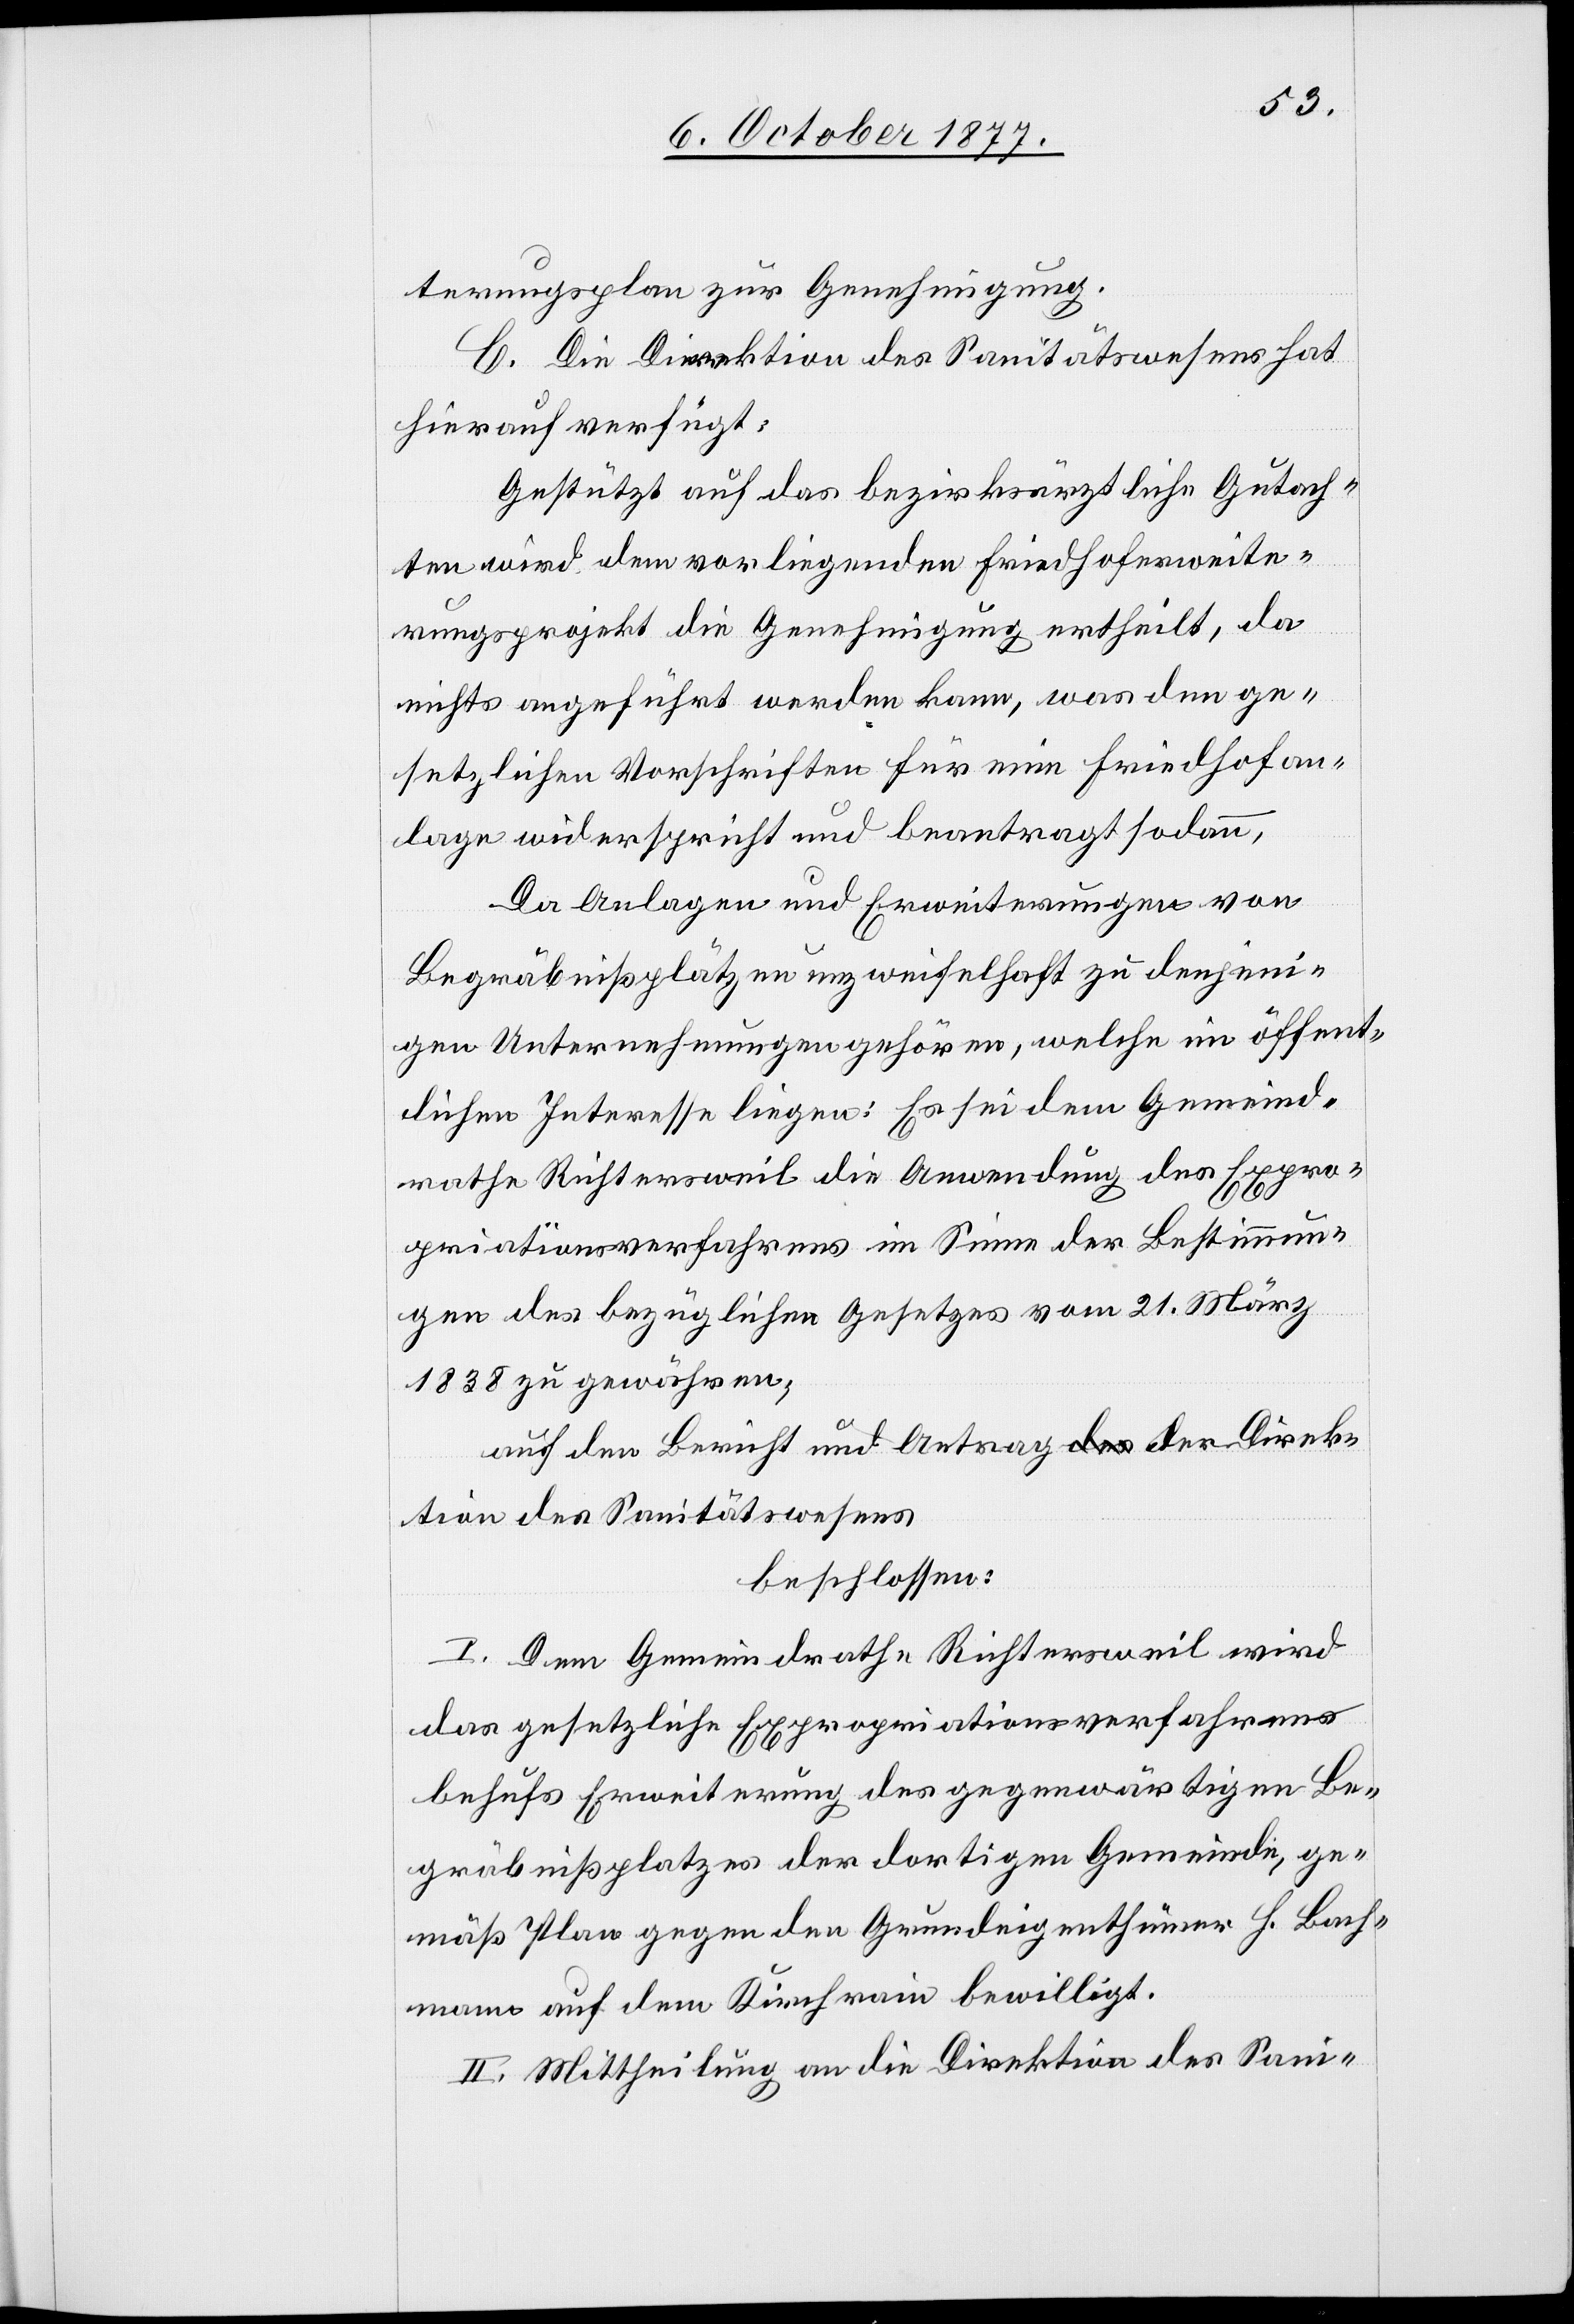
terungsplan zur Genehmigung.
C. Die Direktion des Sanitätswesens hat
hierauf verfügt:
Gestützt auf das bezirksärztliche Gutach¬
ten wird dem vorliegenden Friedhoferweite¬
rungsprojekt die Genehmigung ertheilt, da
nichts angeführt werden kann, was den ge¬
setzlichen Vorschriften für eine Friedhofan¬
lage widerspricht und beantragt sodann,
Da Anlagen und Erweiterungen von
Begräbnißplätzen unzweifelhaft zu denjeni¬
gen Unternehmungen gehören, welche im öffent¬
lichen Interesse liegen: Es sei dem Gemeind¬
rathe Richtersweil die Anwendung des Expro¬
priationsverfahrens im Sinne der Bestimmun¬
gen des bezüglichen Gesetzes vom 21. März
1838 zu gewähren;
auf den Bericht und Antrag a-des-a der Direk¬
tion des Sanitätswesens
beschlossen:
I. Dem Gemeindrathe Richtersweil wird
das gesetzliche Expropriationsverfahren
behufs Erweiterung des gegenwärtigen Be¬
gräbnißplatzes der dortigen Gemeinde, ge¬
mäß Plan gegen den Grundeigenthümer H. Bach¬
mann auf dem Kirchrain bewilligt.
II. Mittheilung an die Direktion des Sani-